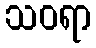
သဝရာ